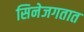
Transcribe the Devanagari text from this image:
सिनेजगतात